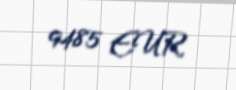
9485 EUR